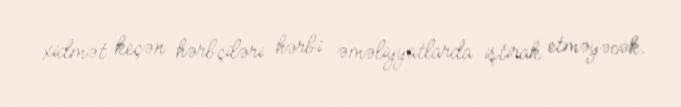
xidmət keçən hərbçiləri hərbi əməliyyatlarda iştirak etməyəcək.